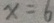
x = 6